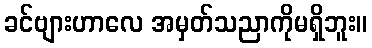
ခင်ဗျားဟာလေ အမှတ်သညာကိုမရှိဘူး။